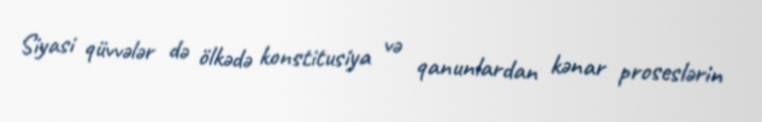
Siyasi qüvvələr də ölkədə konstitusiya və qanunlardan kənar proseslərin